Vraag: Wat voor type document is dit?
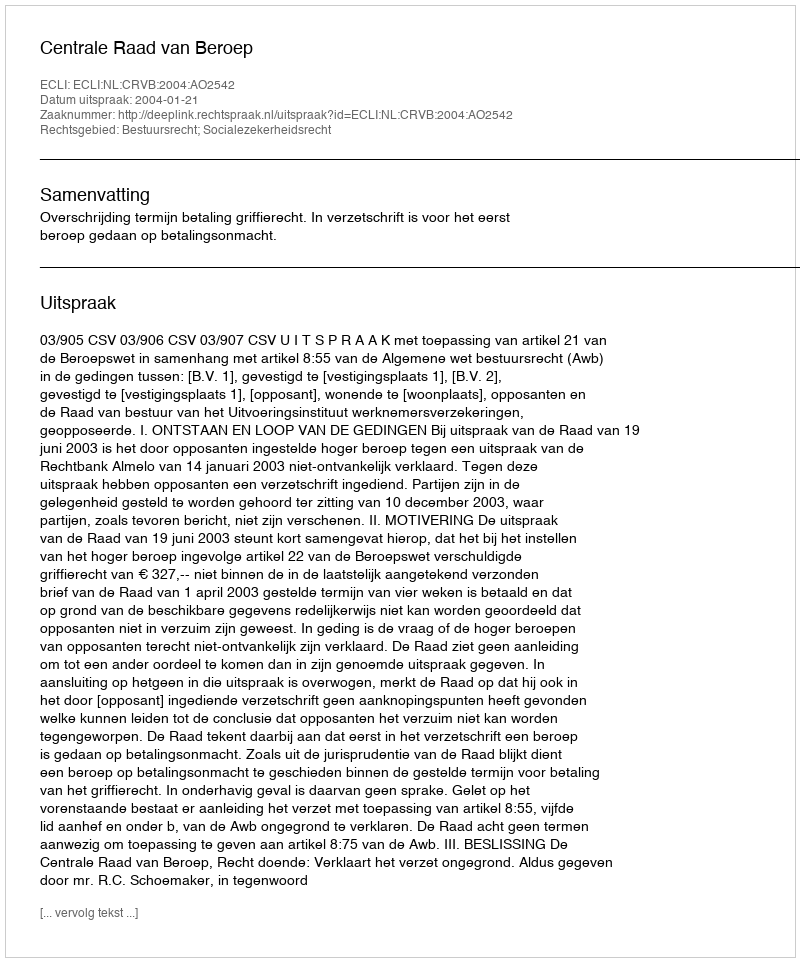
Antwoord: Uitspraak